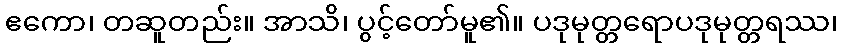
ဧကော၊ တဆူတည်း။ အာသိ၊ ပွင့်တော်မူ၏။ ပဒုမုတ္တရောပဒုမုတ္တရဿ၊